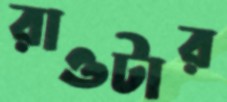
রাওটার